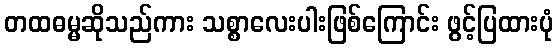
တထဓမ္မဆိုသည်ကား သစ္စာလေးပါးဖြစ်ကြောင်း ဖွင့်ပြထားပုံ